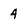
Character: 4